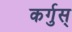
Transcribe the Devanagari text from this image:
कर्गुस्